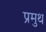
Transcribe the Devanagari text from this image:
प्रमुथ